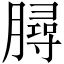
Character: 𦠅